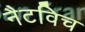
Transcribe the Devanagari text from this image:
नैटविच